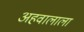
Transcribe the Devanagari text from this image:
अहवालाला